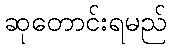
ဆုတောင်းရမည်